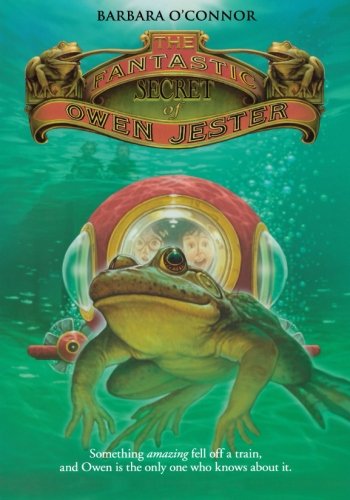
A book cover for The Fantastic Secret of Owen Jester; Barbara O'Connor; Children's Books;